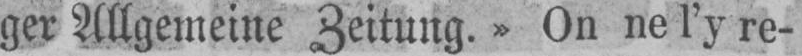
ger Allgemeine Zeitung.» On ne l’y re-